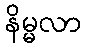
နိမ္မလာ